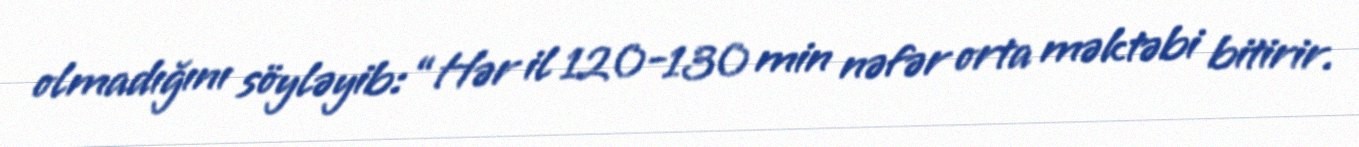
olmadığını söyləyib: “Hər il 120-130 min nəfər orta məktəbi bitirir.